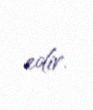
edir.